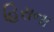
હિરાના